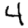
Digit: 4